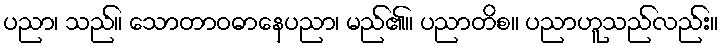
ပညာ၊ သည်။ သောတာဝဓာနေပညာ၊ မည်၏။ ပညာတိစ။ ပညာဟူသည်လည်း။